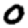
Digit: 0